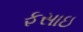
ફસાઇ